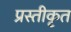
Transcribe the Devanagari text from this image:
प्रस्तीकृत